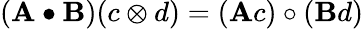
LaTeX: (\mathbf{A}\bullet\mathbf{B})(c\otimes d)=(\mathbf{A}c)\circ(\mathbf{B}d)